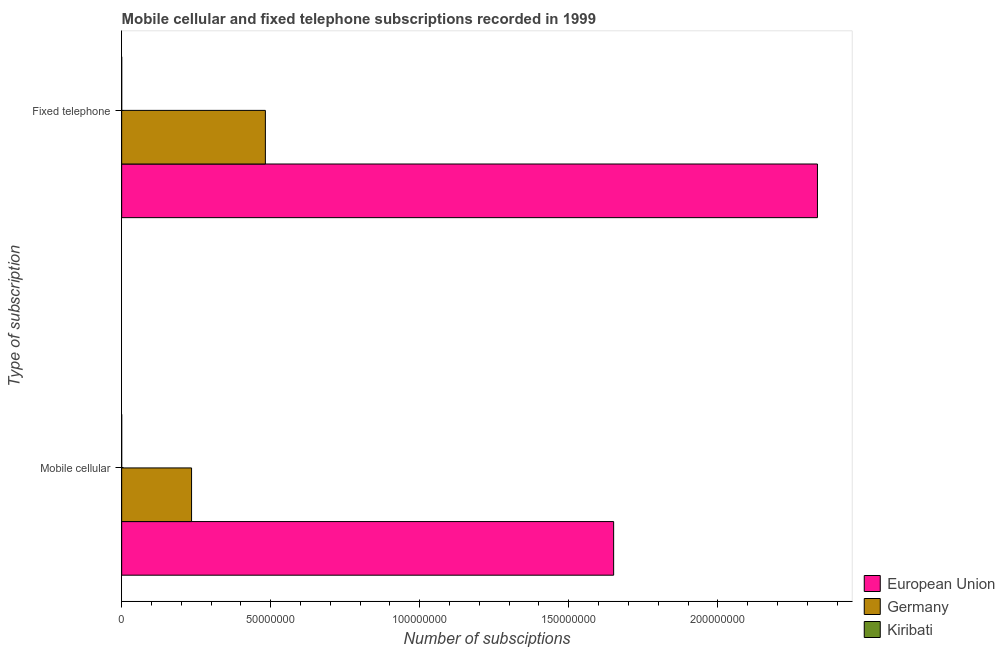
| Type of subscription | European Union | Germany | Kiribati |
 | --- | --- | --- | --- |
 | Mobile cellular | 1.65e+08 | 2.34e+07 | 200 |
 | Fixed telephone | 2.33e+08 | 4.82e+07 | 3.08e+03 |